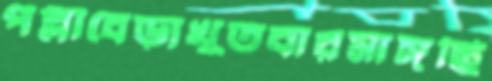
পল্লীবেড়াখুতবারমাঙ্গছি